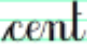
cent